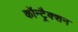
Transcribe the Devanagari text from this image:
कॉन्ट्रैक्शन